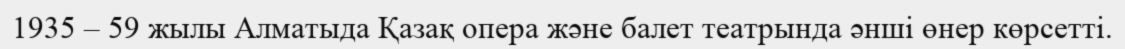
1935 – 59 жылы Алматыда Қазақ опера және балет театрында әнші өнер көрсетті.